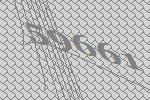
59661